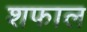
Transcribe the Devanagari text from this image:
शफाल